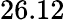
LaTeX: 26.12